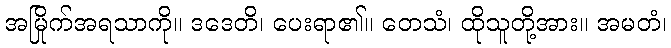
အမြိုက်အရသာကို။ ဒဒေတိ၊ ပေးရာ၏။ တေသံ၊ ထိုသူတို့အား။ အမတံ၊